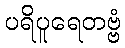
ပရိပူရေတဗ္ဗံ